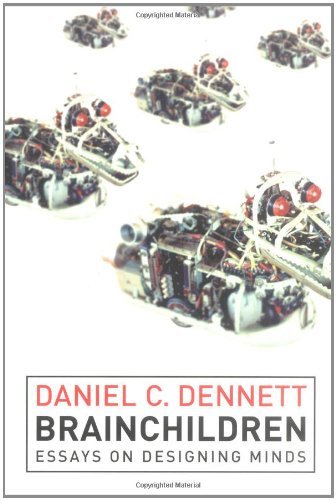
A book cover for Brainchildren: Essays on Designing Minds; Daniel C. Dennettt; Politics & Social Sciences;